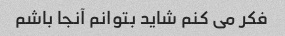
فکر می کنم شاید بتوانم آنجا باشم